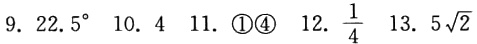
$9.\ 22.5^{\circ}\ 10.\ 4\ 11.\ \textcircled{1}\textcircled{4}\ 12.\ \frac{1}{4}\ 13.\ 5\sqrt{2}$